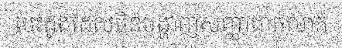
បេះដូងដែលមិនបង្ហាញសញ្ញាជាក់លាក់